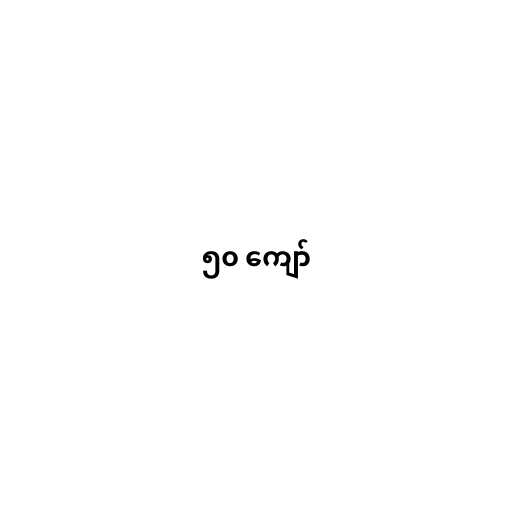
၅၀ ကျော်